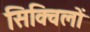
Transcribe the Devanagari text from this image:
सिक्विलों